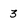
Character: 3